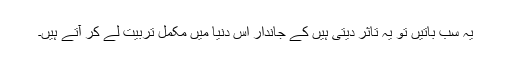
یہ سب باتیں تو یہ تاثر دیتی ہیں کے جاندار اس دنیا میں مکمل تربیت لے کر آتے ہیں۔